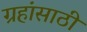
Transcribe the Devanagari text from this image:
ग्रहांसाठी